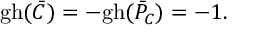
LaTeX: \mathrm { g h } ( \bar { C } ) = - \mathrm { g h } ( \bar { P } _ { C } ) = - 1 .